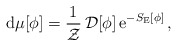
\begin{align*}{\rm d}\mu[\phi]= \frac{1}{{\cal Z}}\,{\cal D}[\phi]\,{\rm e}^{-S_{\rm E}[\phi]} \,,\end{align*}